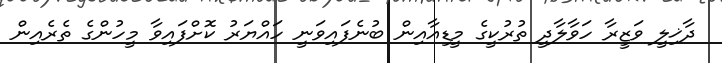
ދާޚިލީ ވަޒީރާ ހަވާލާދީ ތުރުކީގެ މީޑިއާއިން ބުނެފައިވަނީ ހައްޔަރު ކޮށްފައިވާ މީހުންގެ ތެރެއިން